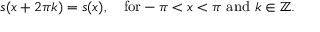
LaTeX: s ( x + 2 \pi k ) = s ( x ) , \quad \mathrm { f o r } - \pi < x < \pi { \mathrm { ~ a n d ~ } } k \in \mathbb { Z } .